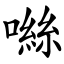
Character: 噝